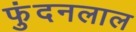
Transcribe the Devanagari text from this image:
फुंदनलाल